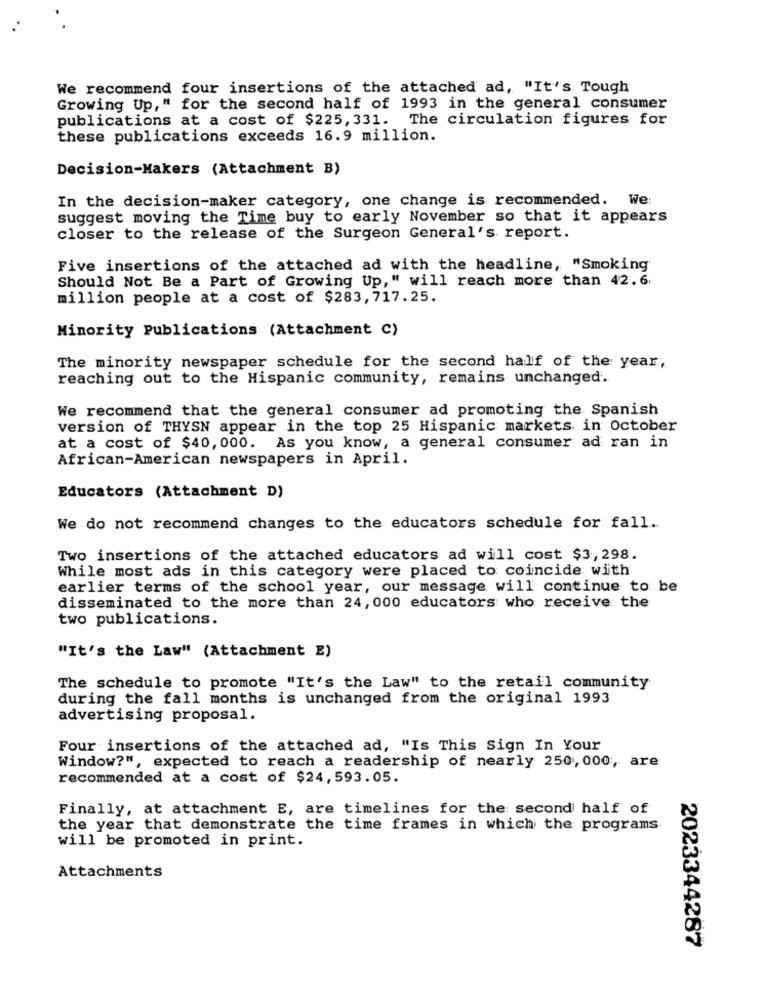
We recommend four insertions of the attached ad, "It's Tough
Growing Up," for the second half of 1993 in the general consumer
publications at a cost of $225, 331. The circulation figures for
these publications exceeds 16.9 million.
Decision-Makers (Attachment B)
In the decision-maker category, one change is recommended. We:
suggest moving the Time buy to early November so that it appears
closer to the release of the Surgeon General's report.
Five insertions of the attached ad with the headline, "Smoking
Should Not Be a Part of Growing Up," will reach more than 42.6.
million people at a cost of $283, 717.25.
Minority Publications (Attachment C)
The minority newspaper schedule for the second half of the year,
reaching out to the Hispanic community, remains unchanged.
We recommend that the general consumer ad promoting the Spanish
version of THYSN appear in the top 25 Hispanic markets in October
at a cost of $40, 000. As you know, a general consumer ad ran in
African-American newspapers in April.
Educators (Attachment D)
We do not recommend changes to the educators schedule for fall.
Two insertions of the attached educators ad will cost $3, 298.
While most ads in this category were placed to coincide with
earlier terms of the school year, our message will continue to be
disseminated to the more than 24, 000 educators who receive the
two publications.
"It's the Law" (Attachment E)
The schedule to promote "It's the Law" to the retail community
during the fall months is unchanged from the original 1993
advertising proposal.
Four insertions of the attached ad, "Is This Sign In Your
Window?", expected to reach a readership of nearly 250, 000, are
recommended at a cost of $24,593.05.
Finally, at attachment E, are timelines for the second half of
the year that demonstrate the time frames in which the programs.
will be promoted in print.
Attachments
2023344287